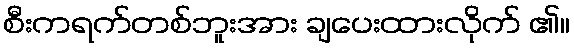
စီးကရက်တစ်ဘူးအား ချပေးထားလိုက် ၏။